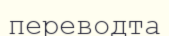
переводта